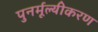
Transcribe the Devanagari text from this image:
पुनर्मूल्यीकरण